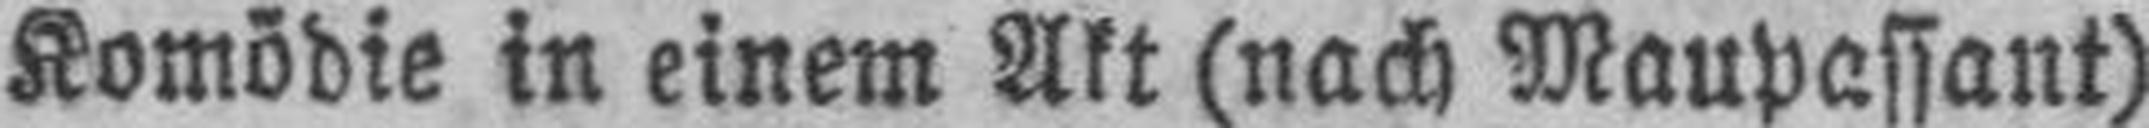
Komödie in einem Akt (nach Maupassant)